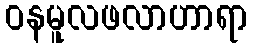
ဝနမူလဖလာဟာရာ